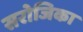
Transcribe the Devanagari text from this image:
सरोजिका